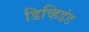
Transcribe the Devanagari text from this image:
डिव्हिडंड